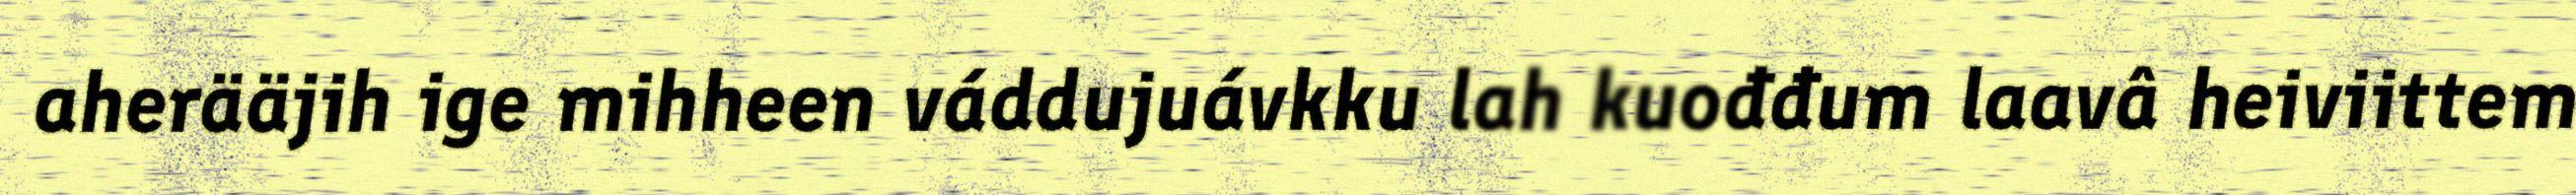
aherääjih ige mihheen váddujuávkku lah kuođđum laavâ heiviittem